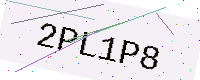
Text: 2PL1P8